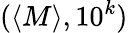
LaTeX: (\langle M\rangle,10^{k})